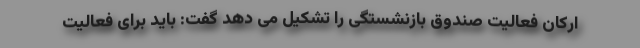
ارکان فعالیت صندوق بازنشستگی را تشکیل می دهد گفت: باید برای فعالیت